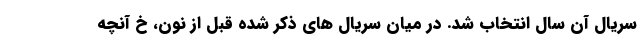
سریال آن سال انتخاب شد. در میان سریال های ذکر شده قبل از نون، خ آنچه